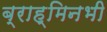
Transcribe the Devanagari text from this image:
ब्राह्मिनभी